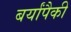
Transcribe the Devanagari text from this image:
बर्यांपैकी